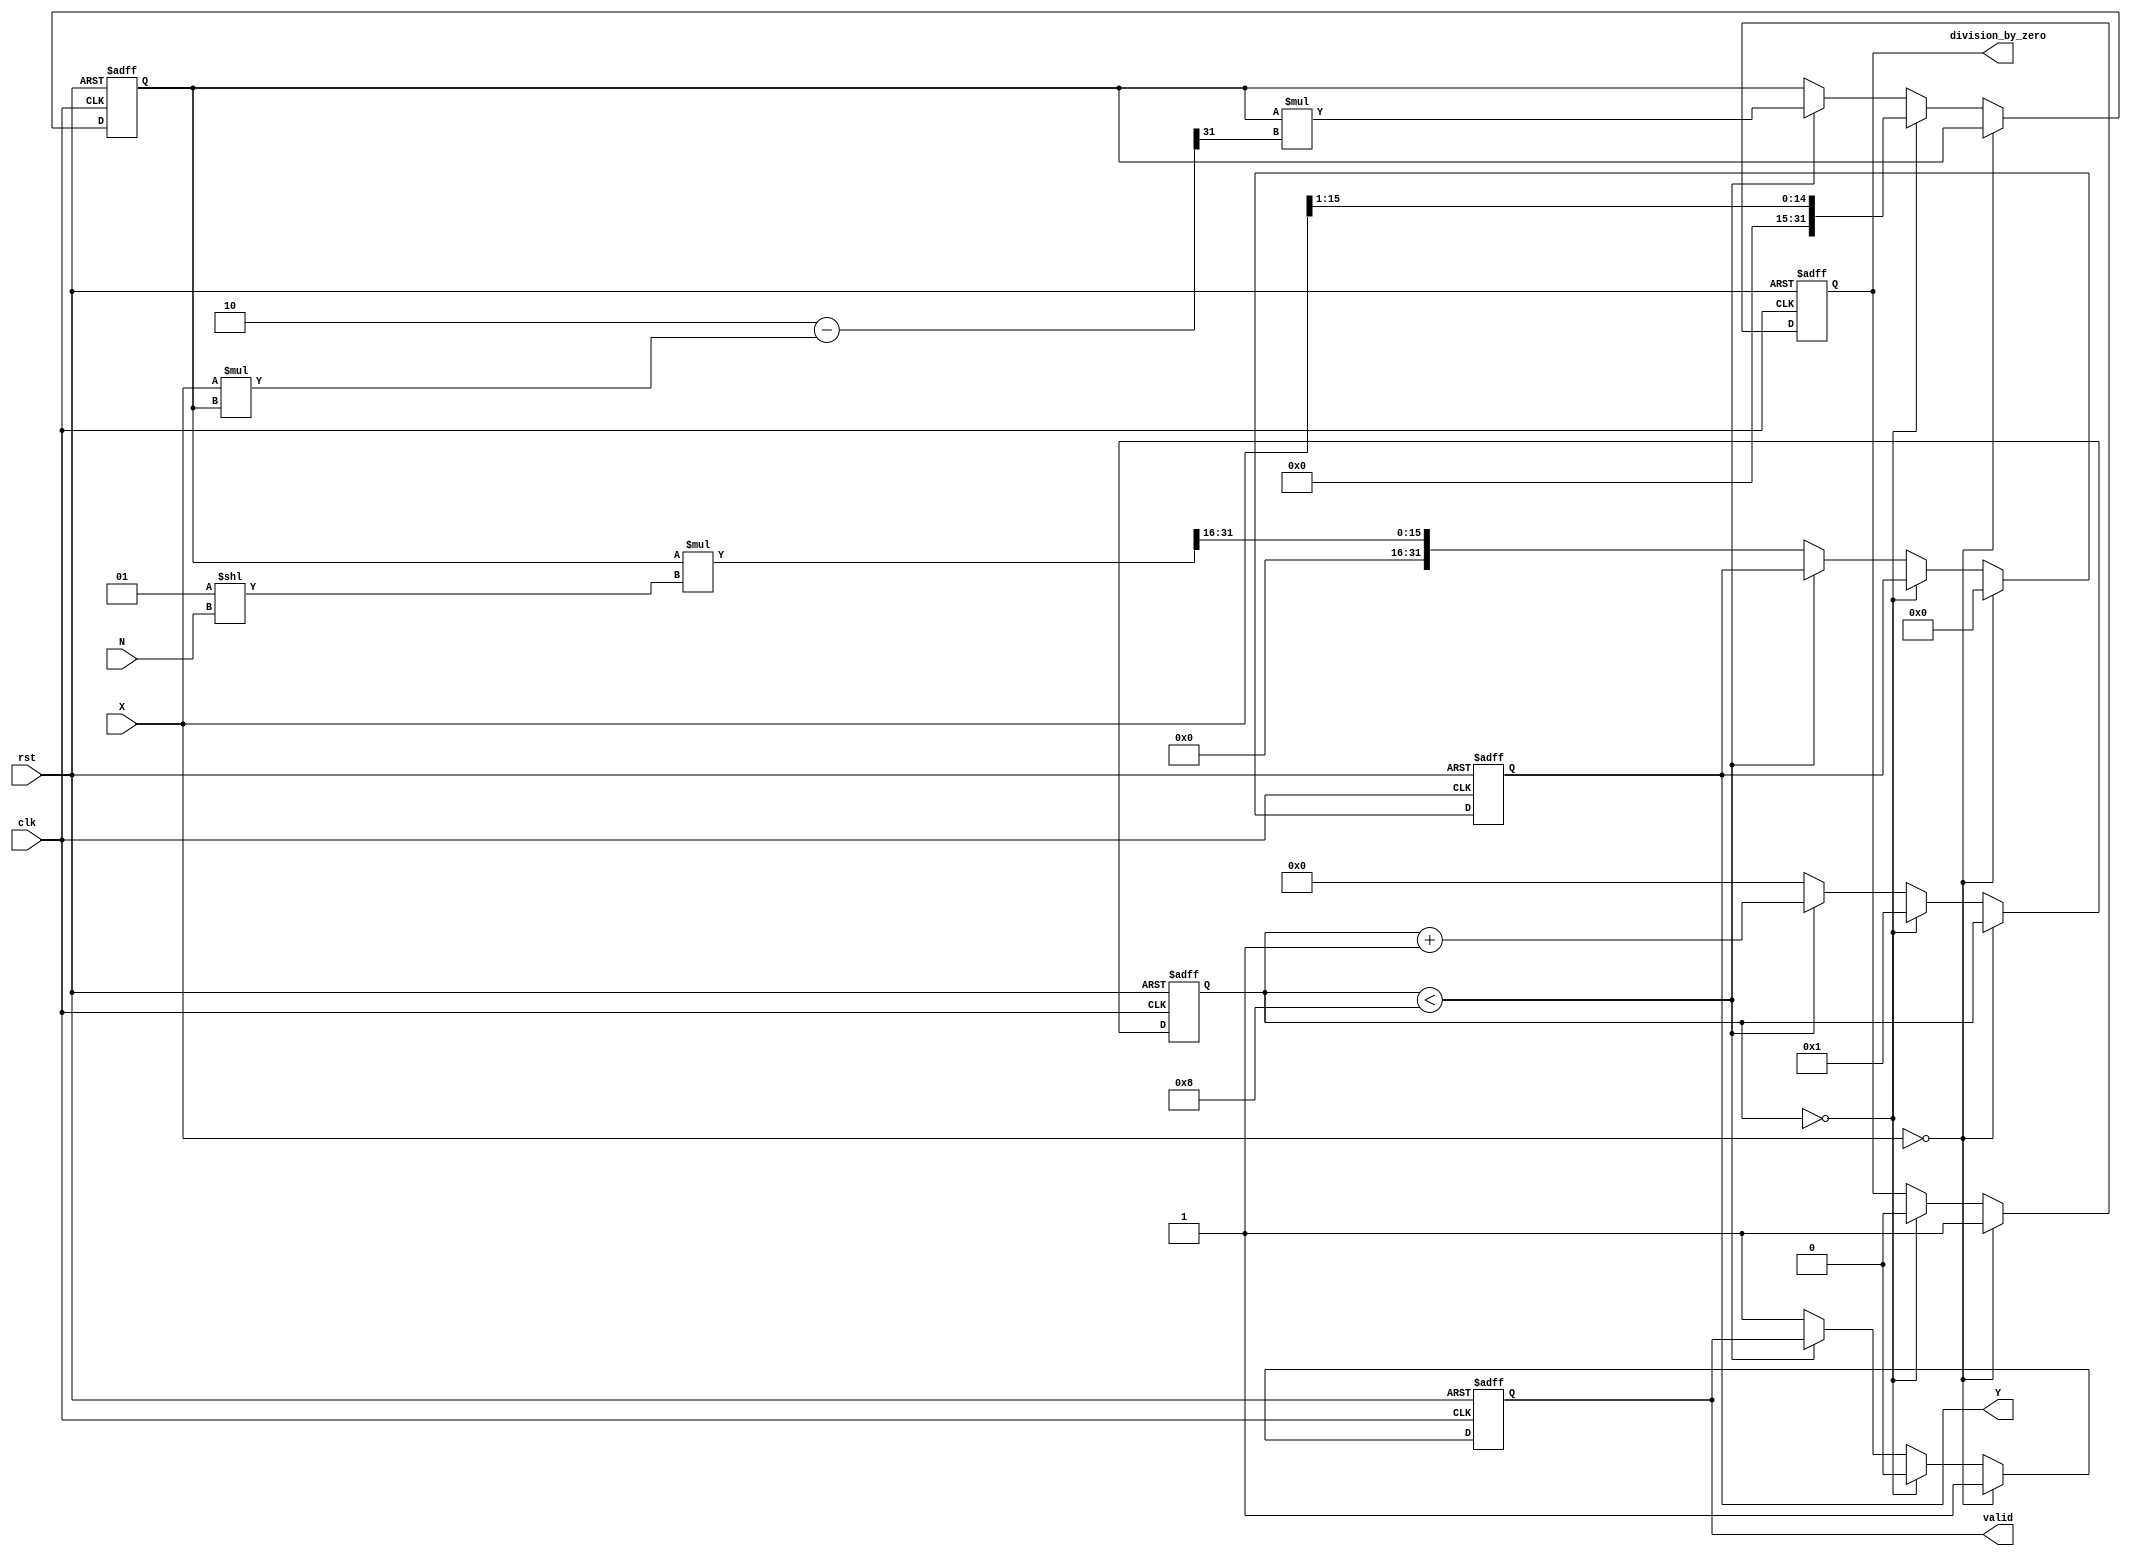
module FractionalOrderReciprocal #(
    parameter INPUT_WIDTH = 16,    // Width of input signal X
    parameter OUTPUT_WIDTH = 32,    // Width of output signal Y
    parameter FRACTIONAL_ORDER_WIDTH = 8 // Width of the fractional order parameter N
)(
    input wire clk,
    input wire rst,
    input wire signed [INPUT_WIDTH-1:0] X,          // Input signal
    input wire signed [FRACTIONAL_ORDER_WIDTH-1:0] N, // Fractional order
    output reg signed [OUTPUT_WIDTH-1:0] Y,          // Output signal
    output reg valid,                                 // Output valid signal
    output reg division_by_zero                      // Flag for division by zero
);

    // Internal variables
    reg signed [OUTPUT_WIDTH-1:0] approx;
    reg signed [OUTPUT_WIDTH-1:0] error;
    reg [3:0] iteration;                                // To track iterations

    // Constants
    parameter MAX_ITER = 8;                            // Max iterations for convergence

    // Convergence threshold
    localparam FIXED_POINT_SCALE = 1 << (OUTPUT_WIDTH - INPUT_WIDTH); // Scale factor for fixed-point

    // Control logic
    always @(posedge clk or posedge rst) begin
        if (rst) begin
            Y <= 0;
            valid <= 0;
            division_by_zero <= 0;
            approx <= 0;
            error <= 0;
            iteration <= 0;
        end else begin
            if (X == 0) begin
                division_by_zero <= 1;
                Y <= 0;
                valid <= 1;
            end else if (iteration == 0) begin
                // Initial approximation using bitwise shift (simple approach)
                approx <= {1'b0, X[INPUT_WIDTH-1:1]};
                error <= 0;
                division_by_zero <= 0;
                valid <= 0;
                iteration <= 1;
            end else if (iteration < MAX_ITER) begin
                // Newton-Raphson Iteration
                approx <= approx * (2'h2 - (X * approx) >> (OUTPUT_WIDTH - 1)); // Newton-Raphson step
                error <= (X * approx) >> (OUTPUT_WIDTH - 1);
                iteration <= iteration + 1;
            end else begin
                // Output result and valid flag
                Y <= (approx * (1 << N[FRACTIONAL_ORDER_WIDTH-1:0])) >> (OUTPUT_WIDTH - INPUT_WIDTH); // Scale for fractional order
                valid <= 1;
                iteration <= 0; // Reset for the next calculation.
            end
        end
    end
endmodule